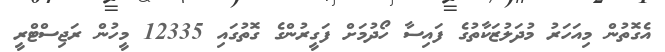
އެގޮތުން މިއަހަރު މުދަލުޒަކާތުގެ ފައިސާ ހޯދުމަށް ފަގީރުންގެ ގޮތުގައި 12335 މީހުން ރަޖިސްޓްރީ